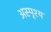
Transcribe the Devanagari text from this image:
अस्‍पृश्य